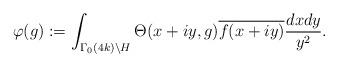
LaTeX: \begin{align*}\varphi(g):=\int_{\Gamma_{0}(4k) \backslash H} \Theta(x+iy,g)\overline{f(x+iy)} \frac{dx dy}{y^{2}}.\end{align*}